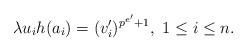
LaTeX: \begin{align*} \lambda u_ih(a_i)=(v_i')^{p^{e'}+1},\ 1\leq i\leq n.\end{align*}